Seli_vallavalitsus_Parnumaal, lk 22
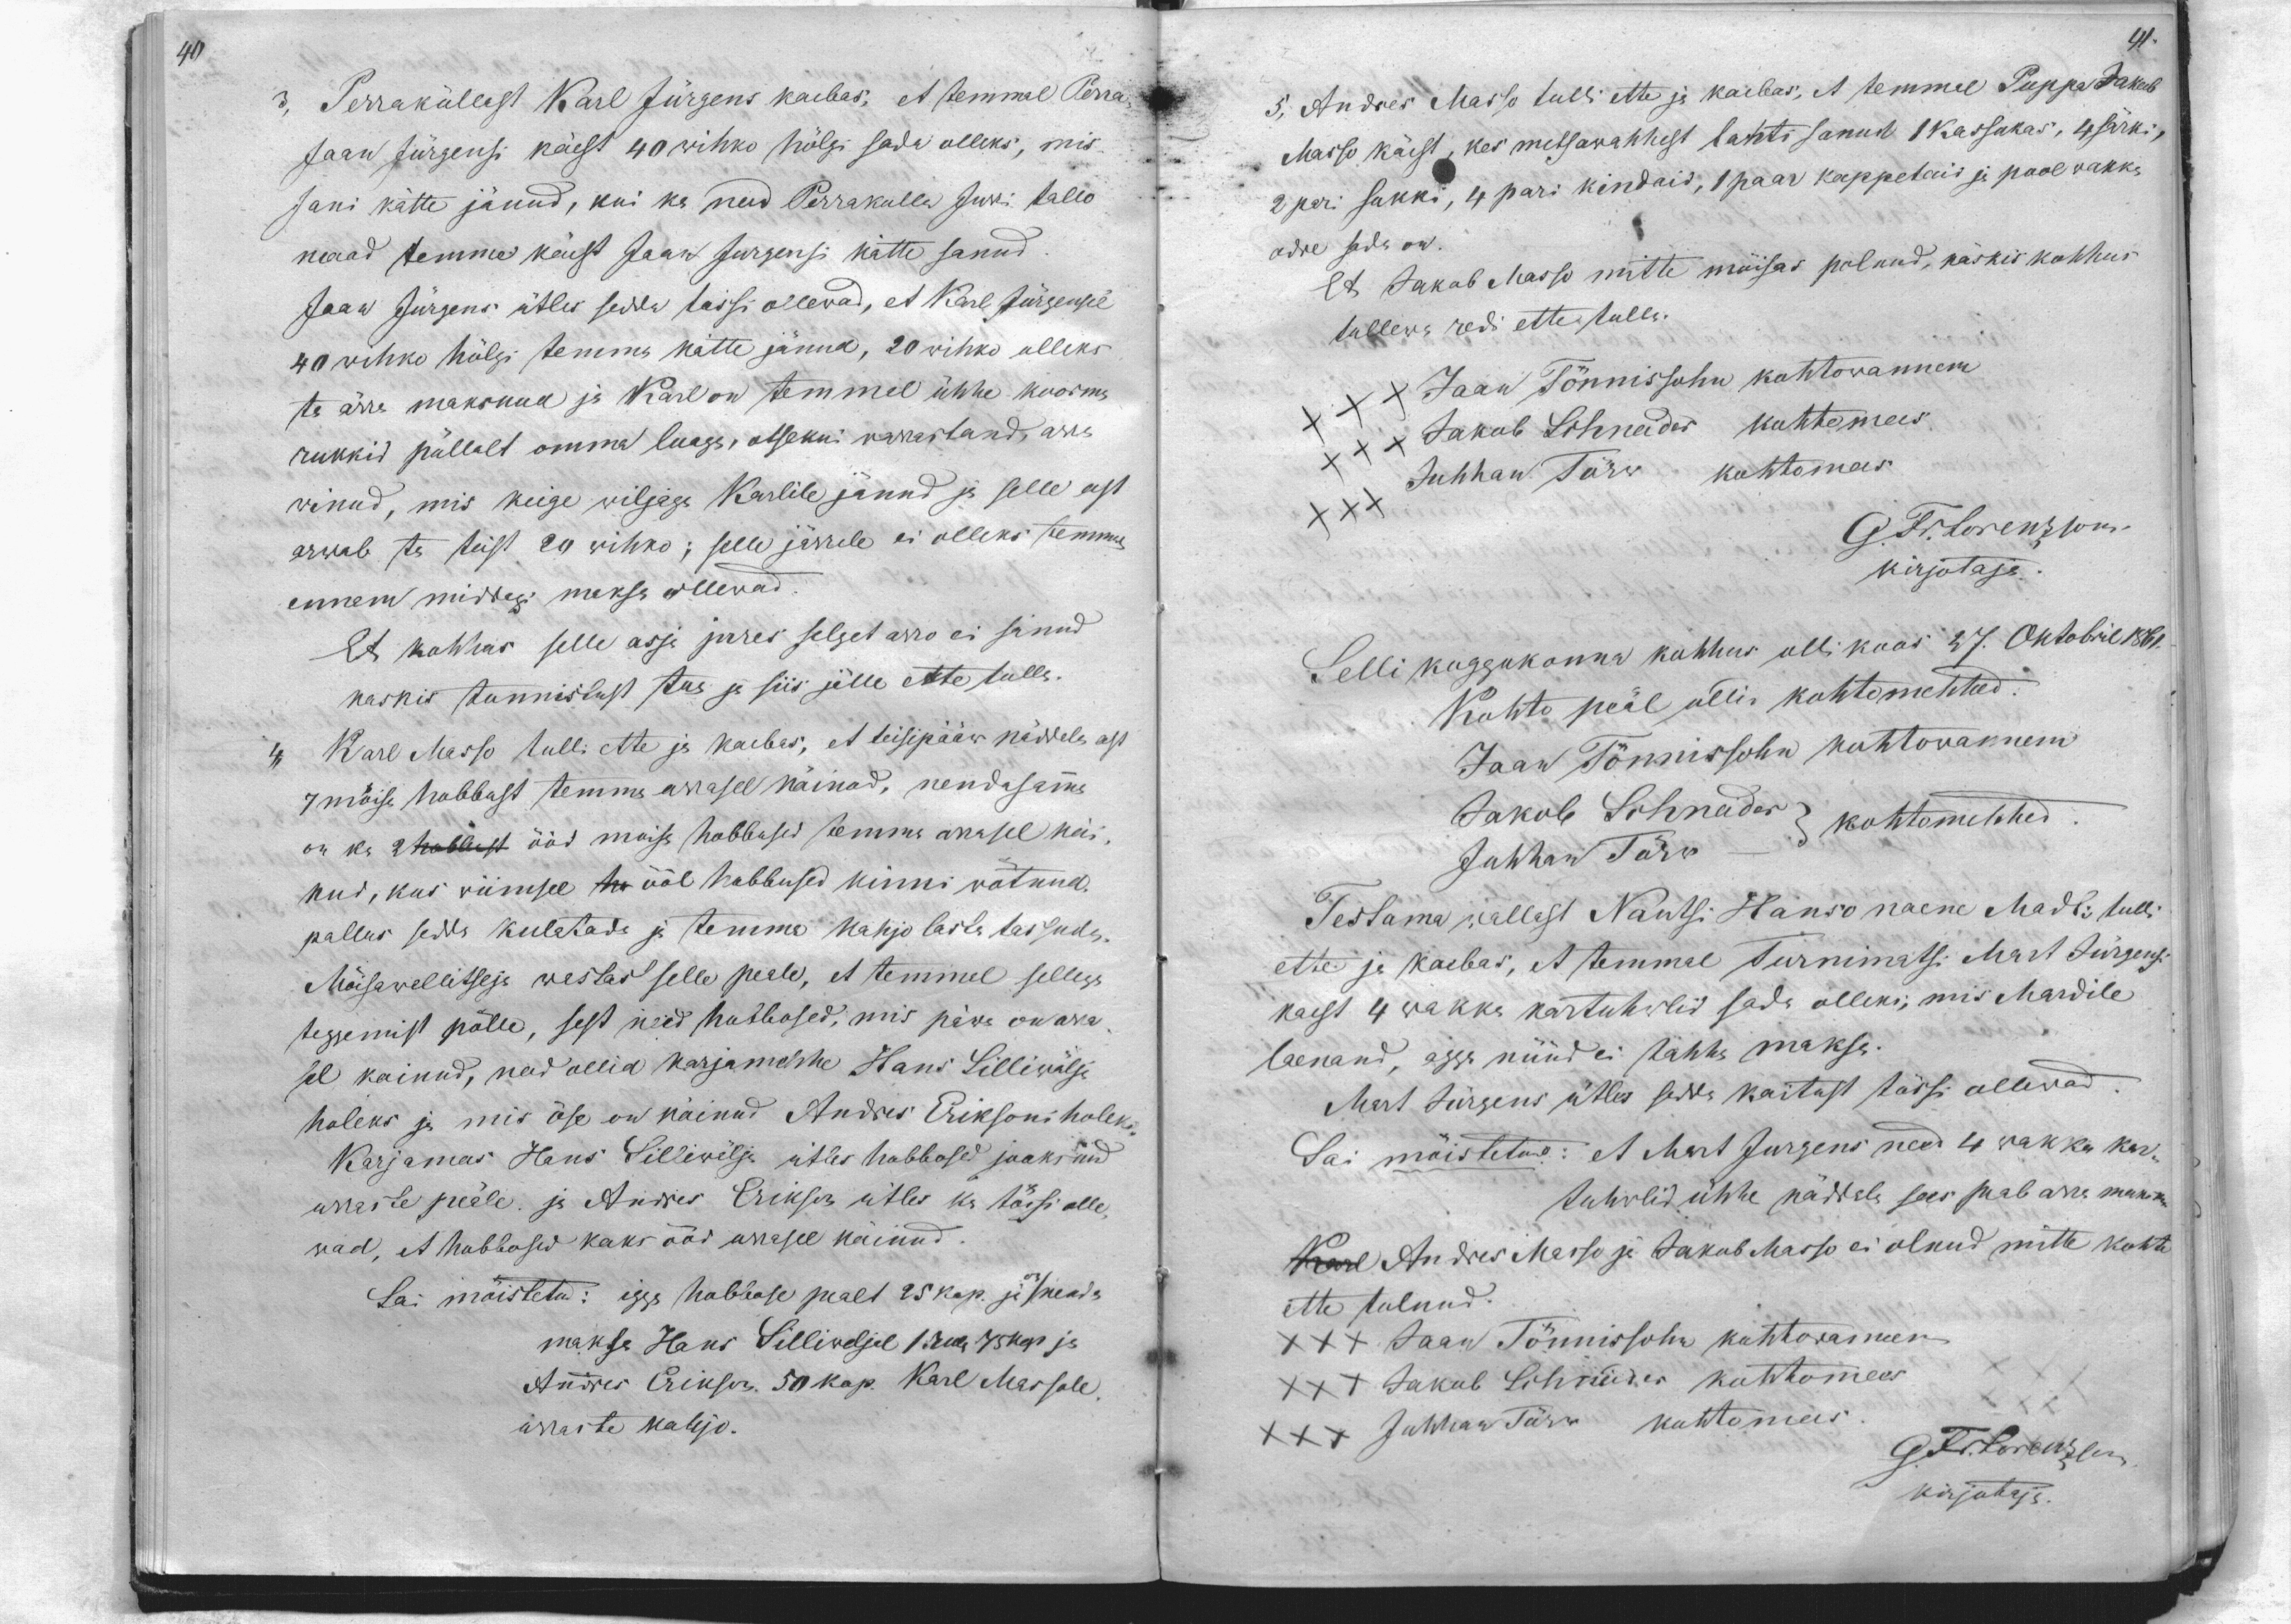
40

3,
Perraküllast Karl Jürgens kaebas, et temmal Perra-
Jaan Jürgensi käest 40 wihko hölgi sada olleks, mis
Jani kätte jänud, kui ka need Perrakulla Jurri tallo
maad temme käest Jaan Jürgensi kätte sanud
Jaan Jürgens ütles sedda tössi ollewad, et Karl Jürgensil
40 wihko hölgi temma kätte jänud, 20 wihko olleks
ta ärra maksnud ja Karl on temmal ühhe koorma
rukkid pöllult omma luaga, otsekui warrastand, arra
winud, mis keige wiljaga Karlile jänud ja selle eest
arwab ta teist 20 wihko; selle järrele ei olleks temma
ennem midagi maksa ollewad.
Et kohhus selle asja jures selget arro ei sanud
käskis tunnistust tua ja siis jälle ette tulla
4, Karl Masso tulli ette ja kaebas, et teisipääw näddala eest
7 möisa hobbust temma arrasel käinud, nendasamma
on ka 2 hobbust ööd moisa hobbused temma orrasel kei-
nud, kus viimsel ho ööl hobbused kinni wötnud.
pallus sedda kulatada ja temma kahjo lasta tassuda
Möisawellitseja wastas selle peale, et temmal sellega
teggemist pölle, sest need hobbosed, mis päwa on arra-
sel kainud, nad ollid karjamehhe Hans Lilliwälja
holeks ja mis öse on käinud Andres Eriksoni holeks
Karjamees Hans Lilliwälja ütles hobbosed jooksnud
orraste peäle ja Andres Eriksen ütles ka tössi olle-
wad, et hobbosed kaks ööd arrasel käinud
Sai möistetud: igga hobbose pealt 25 kop. ja on nenda
maksa Hans Lilliweljal 1 rub. 75 kop ja
Andres Erikson. 50 kop. Karl Massole.
arraste kahjo.

41.
5, Andres Masso tulli ette ja kaebas, et temmal Puppa Jakob
Masso käest, kes metsawahhest lahti sanud 1 kassakas, 4 särki,
2 pari sukki, 4 pari kindaid, 1 paar kappetaid ja pool wakka
odre sada on.
et Jakob Masso mitte mõisas polnud, käskis kohhus
tullewa redi ette tulla.
XXX Jaan Tönnissohn kohtowannem
XXX Jakob Schneider kohtomees
Juhhan Törw kohtomees
XXX
G. Fr. Lorenzson
kirjotaja.
Selli koggokonna kohhus olli koos 27. Oktobril 1861.
Kohto peäl ollid kohtomehhed.
Jaan Tönnissohn kohtowannem
Jakob Schneider
kohtomehhed
Juhhan Törw
Testama wallast Nantsi Hanso naene Madli tulli
ette ja kaebas, et temmal Turnimatsi Mart Jürgens
kaest 4 wakka kartuhwlid sada olleks; mis Mardile
laenand, agga nüüd ei tahha makse.
Mart Jürgens ütles seda käitust tössi ollewad.
Sai möistetud: et Mart Jurgens need 4 wakka kar-
tuhwlid ühhe näddala sees peab arra maksma
Karl Andres Masso ja Jakob Masso ei olnud mitte kohto
ette tulnud.
XXX Jaan Tönnissohn kohtowannem
XXX Jakob Schneider kohtomees
XXX Juhhan Törw kohtomees
G. Fr. Lorenzson
kirjotaja.